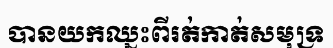
បានយកឈ្នះពីរត់កាត់សមុទ្រ